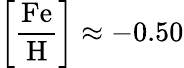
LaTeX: \left[{\frac{\mathrm{Fe}}{\mathrm{H}}}\right]\approx-0.50